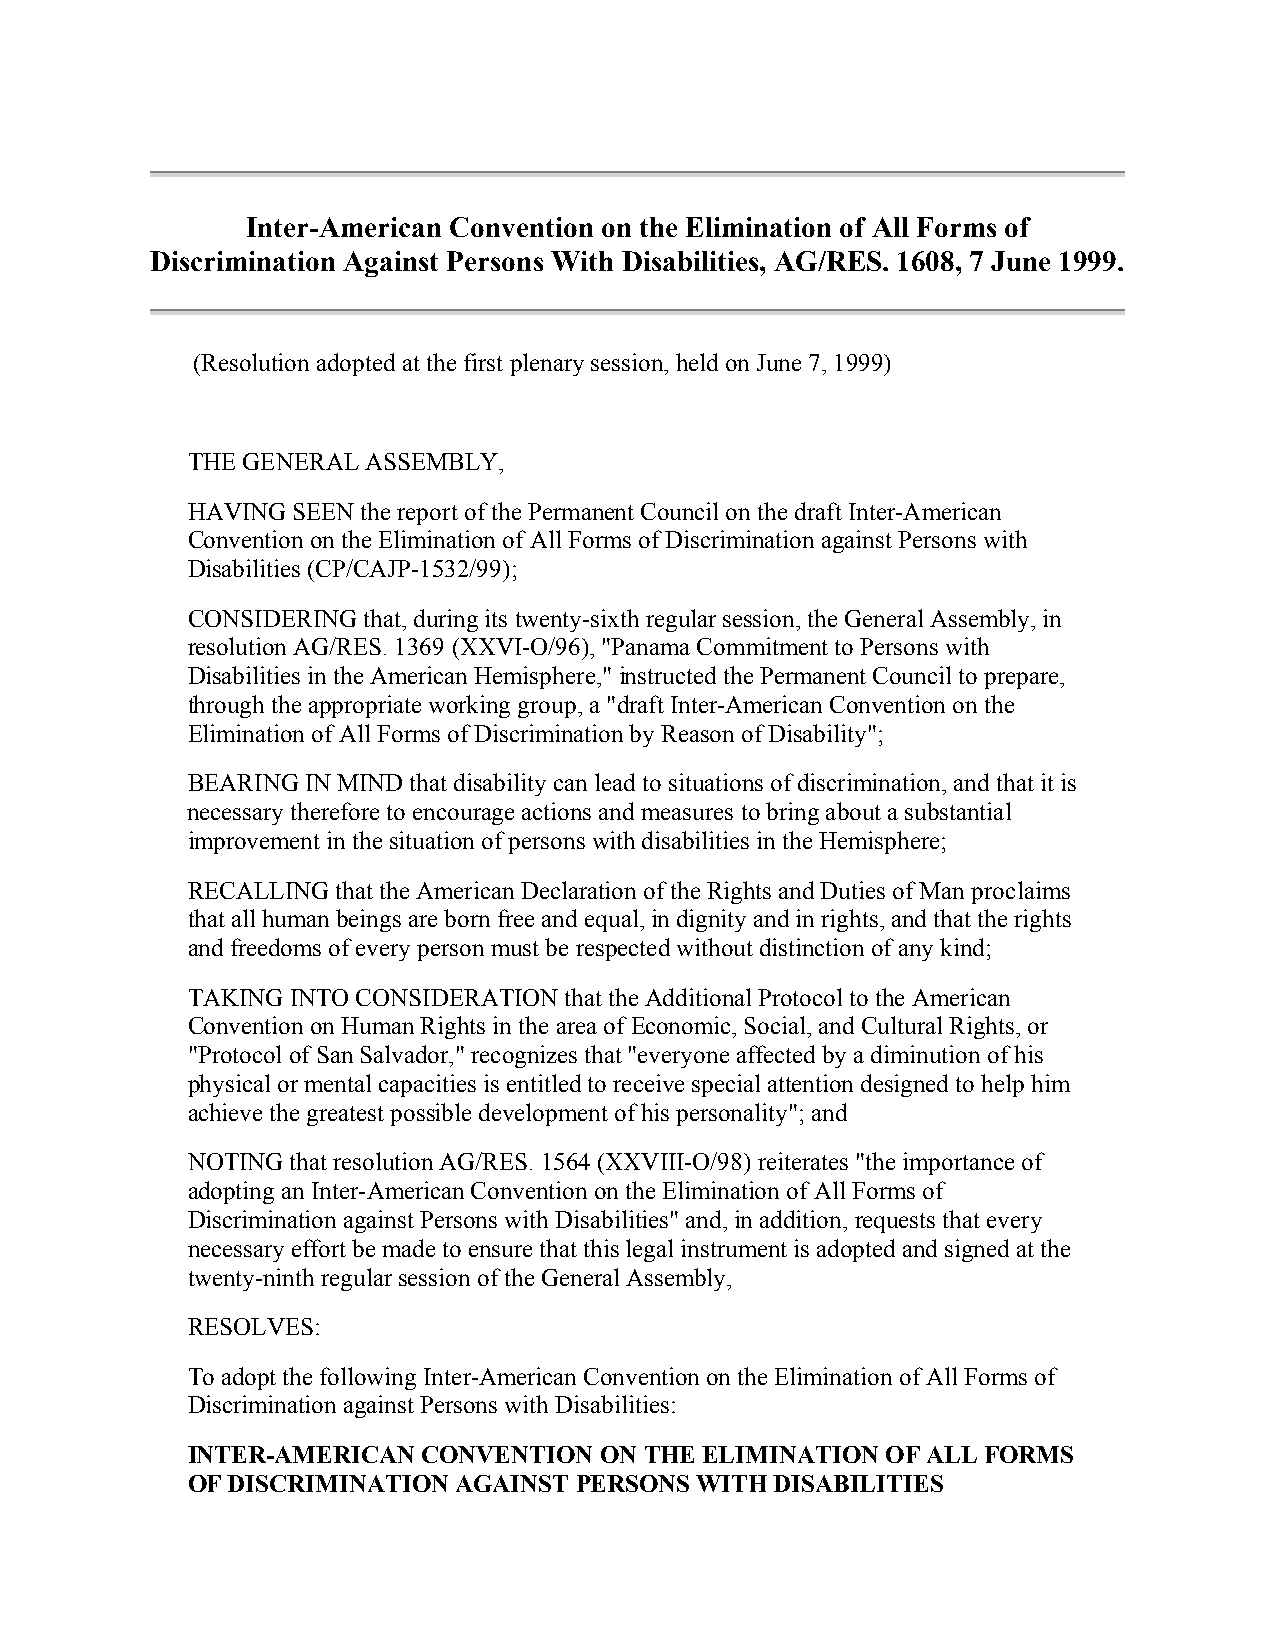
Inter-American Convention on the Elimination of All Forms of
 Discrimination Against Persons With Disabilities, AG/RES. 1608, 7 June 1999.
 (Resolution adopted at the first plenary session, held on June 7, 1999)
 THE GENERAL ASSEMBLY,
 HAVING SEEN the report of the Permanent Council on the draft Inter-American
 Convention on the Elimination of All Forms of Discrimination against Persons with
 Disabilities (CP/CAJP-1532/99);
 CONSIDERING that, during its twenty-sixth regular session, the General Assembly, in
 resolution AG/RES. 1369 (XXVI-O/96), "Panama Commitment to Persons with
 Disabilities in the American Hemisphere," instructed the Permanent Council to prepare,
 through the appropriate working group, a "draft Inter-American Convention on the
 Elimination of All Forms of Discrimination by Reason of Disability";
 BEARING IN MIND that disability can lead to situations of discrimination, and that it is
 necessary therefore to encourage actions and measures to bring about a substantial
 improvement in the situation of persons with disabilities in the Hemisphere;
 RECALLING that the American Declaration of the Rights and Duties of Man proclaims
 that all human beings are born free and equal, in dignity and in rights, and that the rights
 and freedoms of every person must be respected without distinction of any kind;
 TAKING INTO CONSIDERATION that the Additional Protocol to the American
 Convention on Human Rights in the area of Economic, Social, and Cultural Rights, or
 "Protocol of San Salvador," recognizes that "everyone affected by a diminution of his
 physical or mental capacities is entitled to receive special attention designed to help him
 achieve the greatest possible development of his personality"; and
 NOTING that resolution AG/RES. 1564 (XXVIII-O/98) reiterates "the importance of
 adopting an Inter-American Convention on the Elimination of All Forms of
 Discrimination against Persons with Disabilities" and, in addition, requests that every
 necessary effort be made to ensure that this legal instrument is adopted and signed at the
 twenty-ninth regular session of the General Assembly,
 RESOLVES:
 To adopt the following Inter-American Convention on the Elimination of All Forms of
 Discrimination against Persons with Disabilities:
 INTER-AMERICAN  CONVENTION  ON THE ELIMINATION OF ALL FORMS
 OF DISCRIMINATION AGAINST PERSONS WITH DISABILITIES